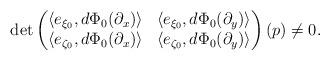
LaTeX: \begin{align*} \det \begin{pmatrix} \langle e_{\xi_0}, d\Phi_0(\partial_x)\rangle & \langle e_{\xi_0}, d\Phi_0(\partial_y)\rangle \\ \langle e_{\zeta_0}, d\Phi_0(\partial_x)\rangle & \langle e_{\zeta_0}, d\Phi_0(\partial_y)\rangle \end{pmatrix}(p)\ne 0. \end{align*}